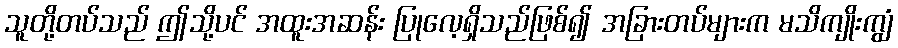
သူတို့တပ်သည် ဤသို့ပင် အထူးအဆန်း ပြုလေ့ရှိသည်ဖြစ်၍ အခြားတပ်များက မသိကျိုးကျွံ